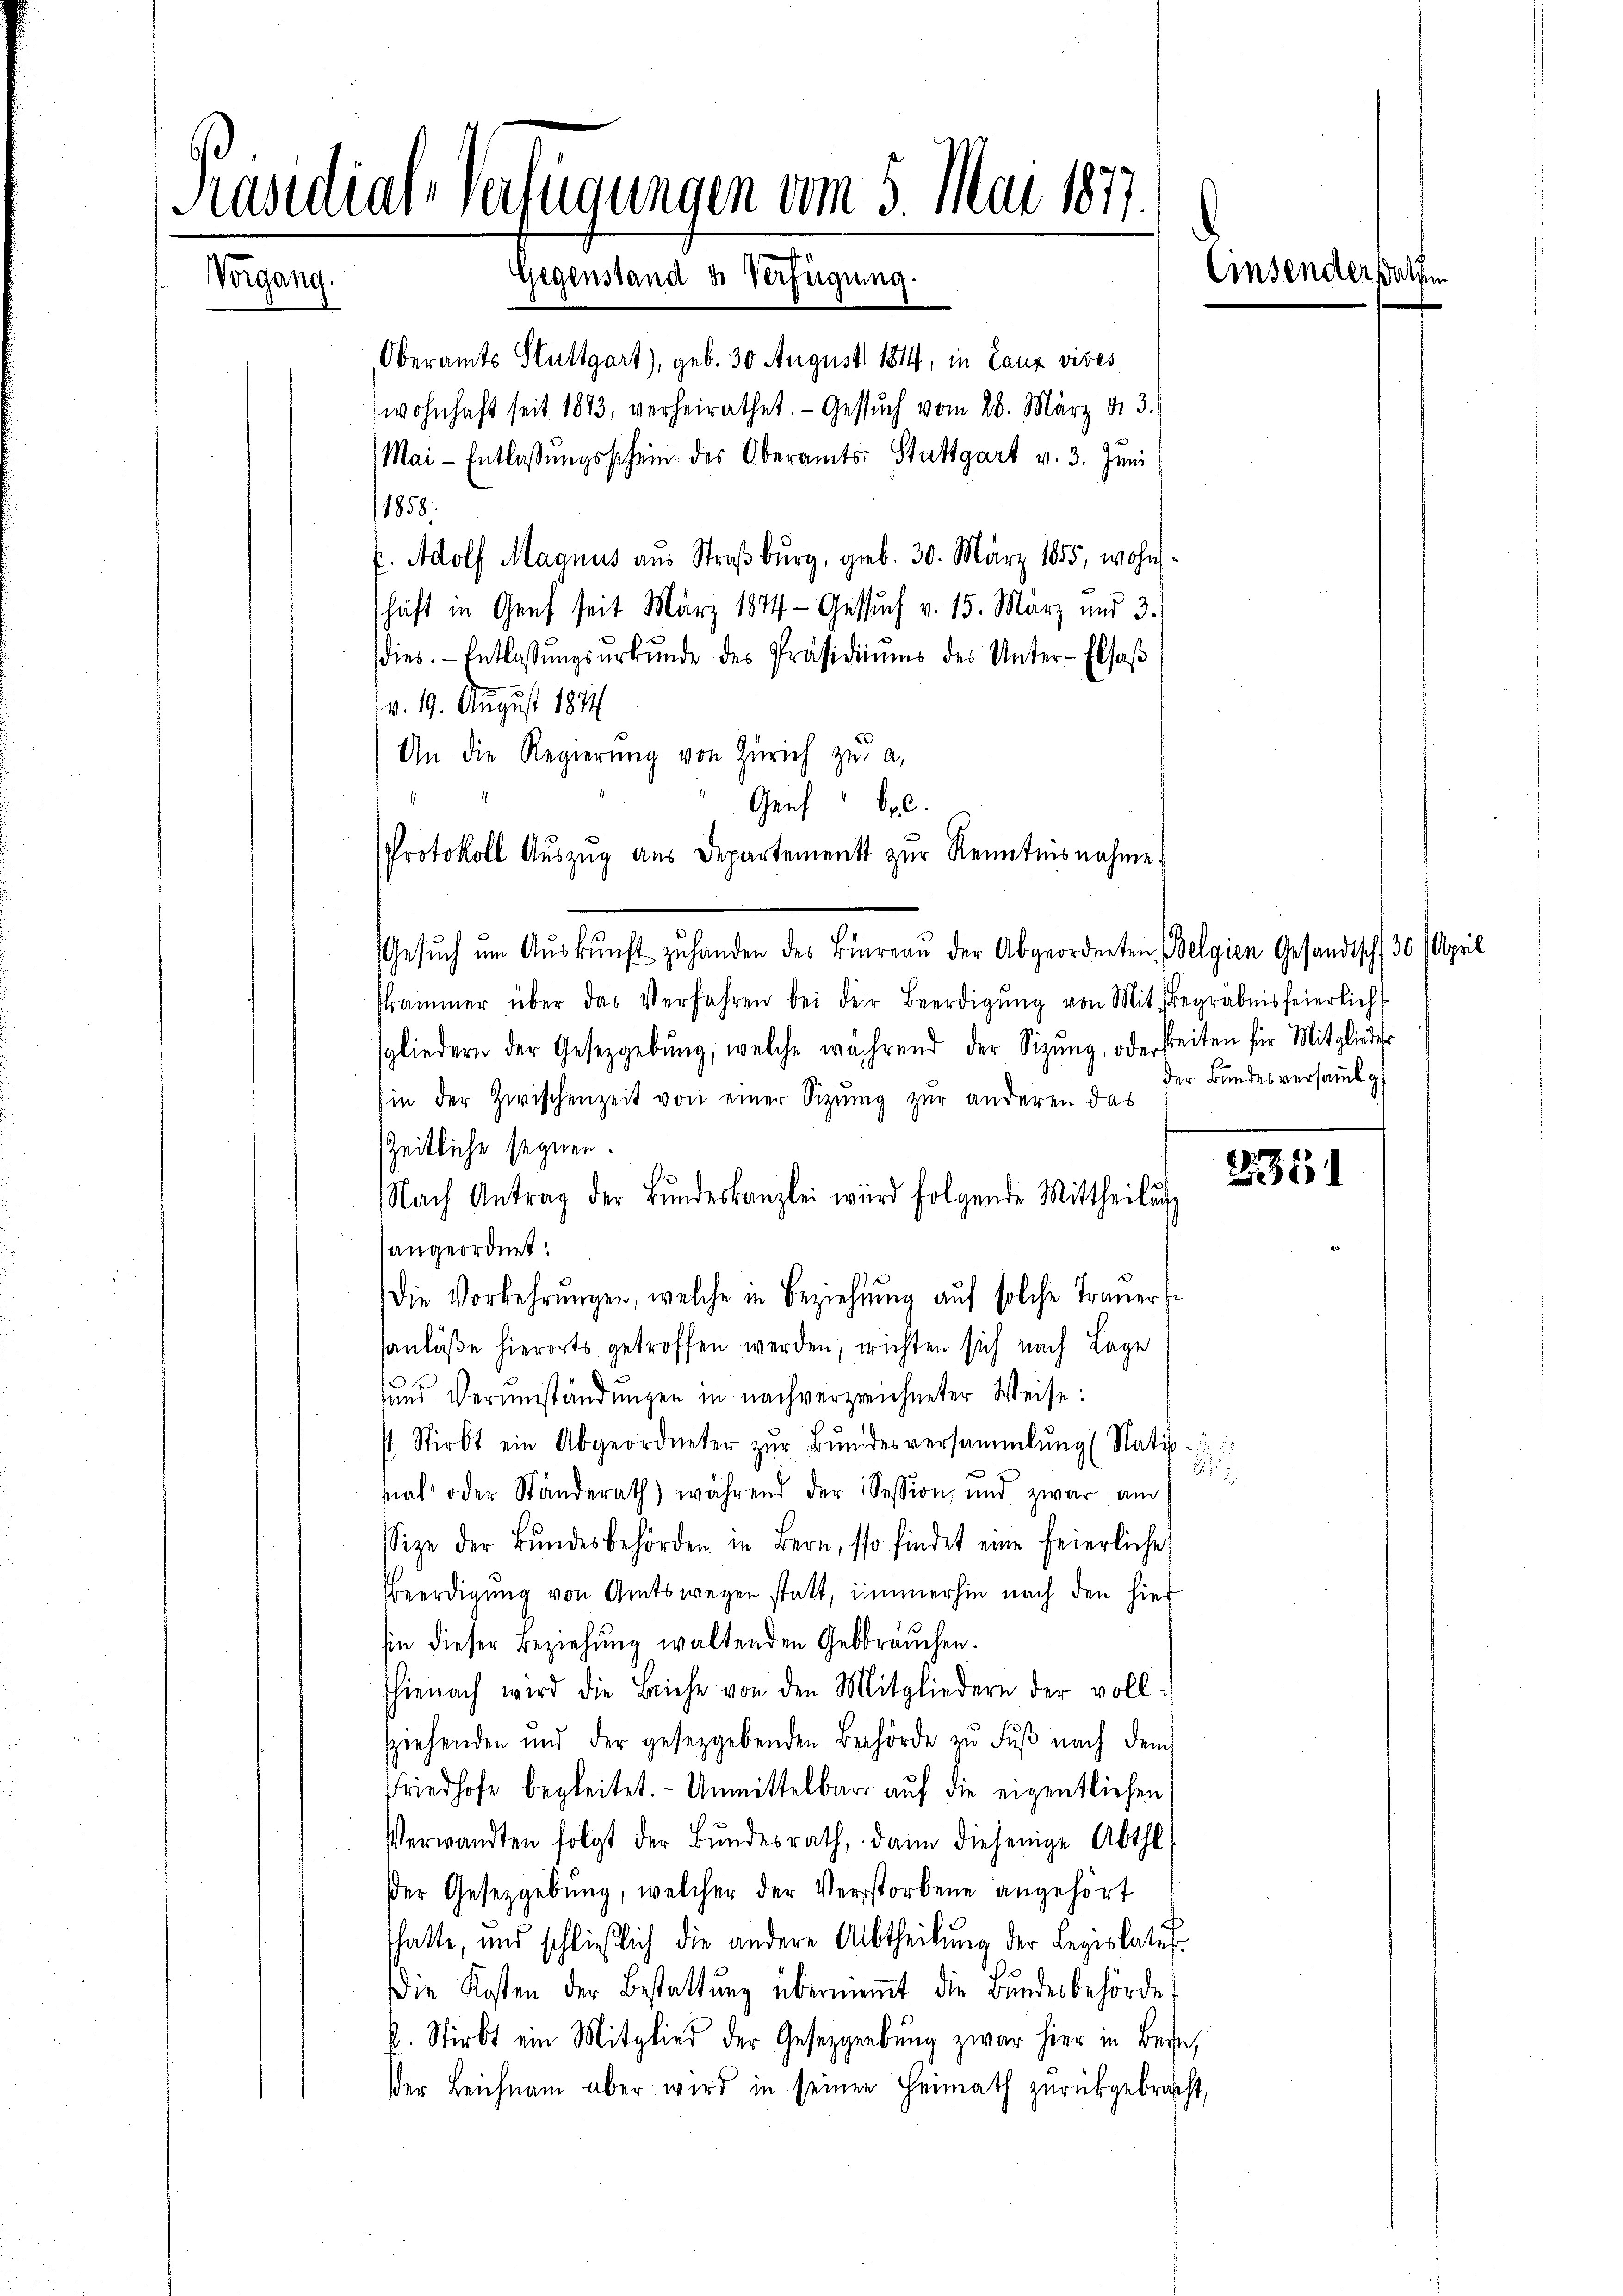
Präsidial-Verfügungen vom 5. Mai 1877.
Einsender alten
Gegenstand u. Verfügung.
Vorgang.

Oberamts Stuttgart), geb. 30 August 1814, in Lanz vives
wohnhaft seit 1873, verheirathet. Gesŭch vom 28. März d. 3.
Mai-Entlassŭngsschein des Oberamts- Stuttgart v. 3. Juni
1858:
. Adolf Magnus aus Straßburg, geb. 30. März 1855, wohnschaft in Genf seit März 1874 - Gesuch v. 15. März und 3.
dies. Entlassŭngsŭrkŭnde des Präsidiums des Unter-Elsaß
v. 19. August 1874
An die Regierŭng von Zürich zŭ a.
Genf b. c.
Protokoll Auszug aus Departement zur Kenntnisnahme.
Gesuch um Auskunft zu handen des Büreau der Abgeordneten Belgien Gesandtsch, 30 April
Prammer über das Verfahren bei der Beerdigŭng von Mit Begräbnisfeierlich
sgliedern der Gesetzgebung, welche während der Sizŭng, oder beiten für Mitglieder
sin der Zwischenzeit von einer Sizung zur anderen das
Zeitliche segnen.
Nach Antrag der Bŭndeskanzlei wird folgende Mittheilŭng
angeordnet:
Die Vorkehrŭngen, welche in Beziehung auf solche Trauert
anlüße hierorts getroffen werden, wichten sich nach Lage
sund Verumständungen in nachverzeichneter Weise:
st. Stirbt ein Abgeordneter zŭr Bŭndesversammlung (Natio-
2
sial oder Ständerath) während der Session, und zwar am
Size der Bŭndesbehörden in Bern, so findet eine feierliche
Beerdigung von Amtswegen statt, immerhin nach den hier
in dieser Beziehung waltenden Gebbräuchen.
hienach wird die Leiche von den Mitgliedern der vollsziehenden und der gesetzgebenden Behörde zu Fuß nach dem
Friedhofe begleitet. - Unmittelbar auf die eigentlichen
Verwandten folgt der Bŭndesrath, dann diejenige Abthe
Der Gesetzgebung, welcher der Verstorbene angehört
hatte, und schließlich die andere Abtheilŭng der Legislates.
Die Kosten der Bestattŭng überniṁt die Bŭndesbehörde,
k. Stirbt ein Mitglied der Gesetzgebung zwar hier in Bern,
er Leichnam aber wird in seinen Heimath zurückgebracht,

der Bundesversammlg

235